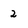
Character: 2